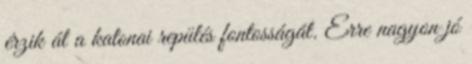
érzik át a katonai repülés fontosságát. Erre nagyon jó